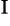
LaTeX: ^\mathrm{I}